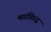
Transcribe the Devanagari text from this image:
मतांविरुद्ध